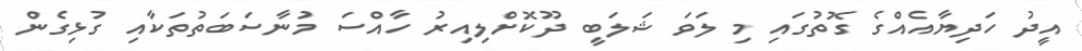
އީދު ހަދިޔާއެއްގެ ގޮތުގައި މި ލަވަ ޝަލަބީ ދޫކޮށްލިއިރު ހާއްސަ މުނާސަބަތުތަކާއި ގުޅިގެން